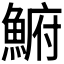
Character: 𩸅